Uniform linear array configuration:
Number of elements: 64
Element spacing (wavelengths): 0.25
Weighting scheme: exponential
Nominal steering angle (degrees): -30
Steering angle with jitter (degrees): -29.656
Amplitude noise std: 0.05
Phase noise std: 0.05

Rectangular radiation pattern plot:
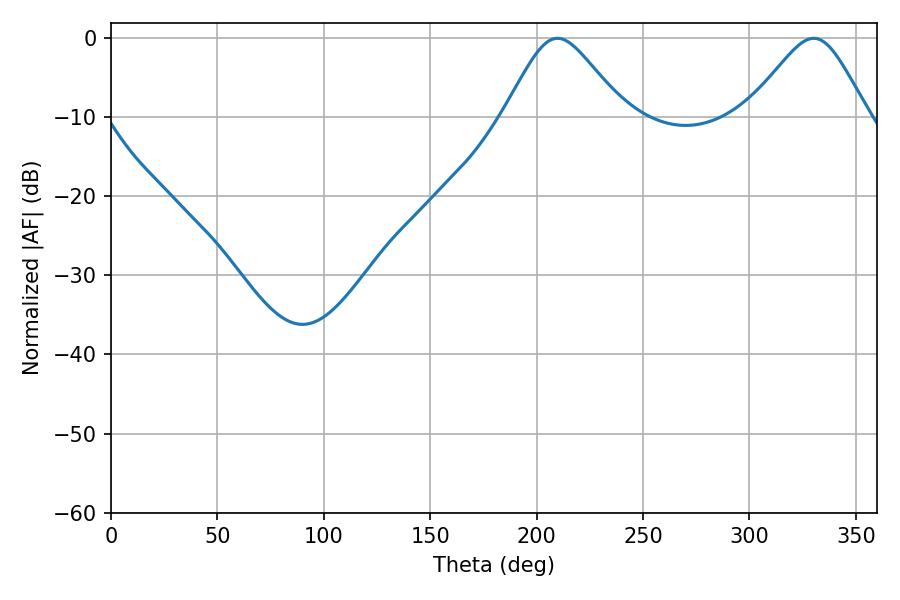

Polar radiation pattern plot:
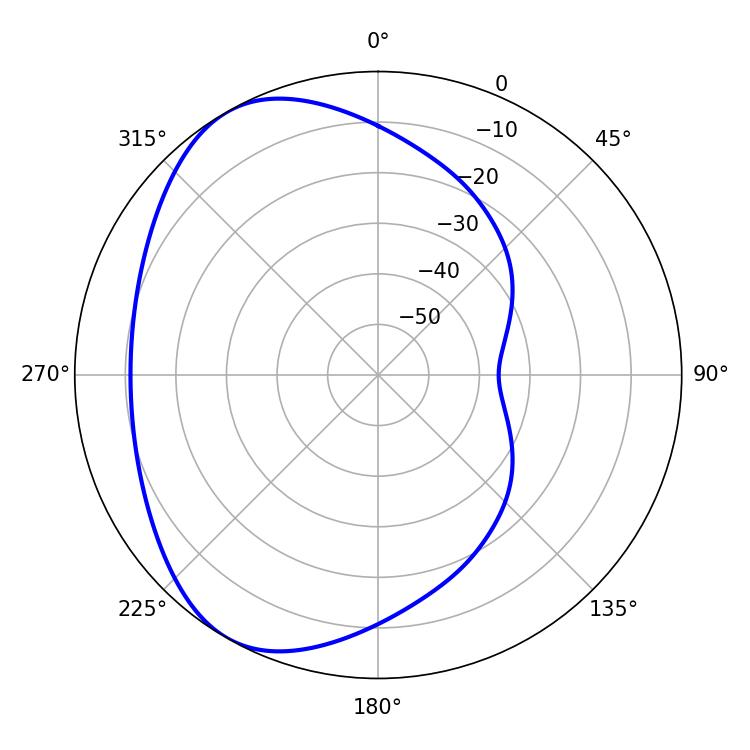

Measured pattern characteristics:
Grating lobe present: FALSE
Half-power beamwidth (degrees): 27.36
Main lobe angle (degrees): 209.88